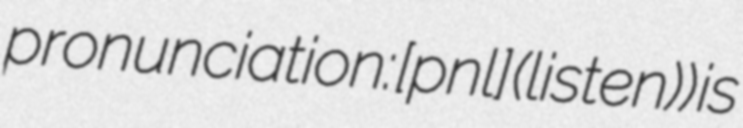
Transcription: pronunciation: [pɨˈnɛlɐ] (listen)) is